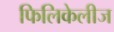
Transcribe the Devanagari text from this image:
फिलिकेलीज